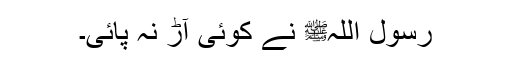
رسول اللہﷺ نے کوئی آڑ نہ پائی۔